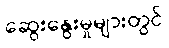
ဆွေးနွေးမှုများတွင်